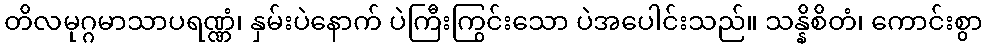
တိလမုဂ္ဂမာသာပရဏ္ဏံ၊ နှမ်းပဲနောက် ပဲကြီးကြွင်းသော ပဲအပေါင်းသည်။ သန္နိစိတံ၊ ကောင်းစွာ